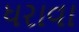
ધરાવા